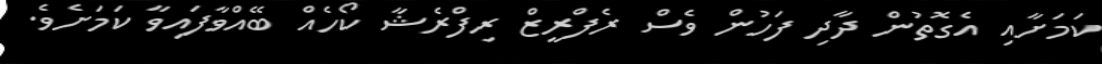
ކަމަށާއި އެގޮތުން ދާދި ފަހުން ވެސް ރެފްރީޒް ރިފްރެޝާ ކޯހެއް ބޭއްވާފައިވާ ކަމަށެވެ.